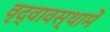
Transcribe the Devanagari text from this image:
वृद्वावस्थामें